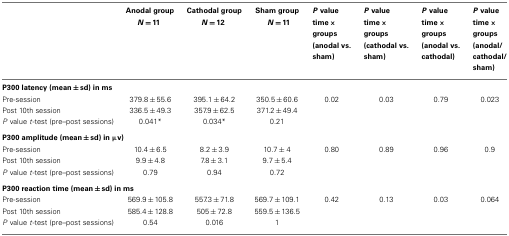
|  | Anodal groupN = 11 | Cathodal groupN = 12 | Sham groupN = 11 | P value time × groups (anodal vs. sham) | P value time × groups (cathodal vs. sham) | P value time × groups (anodal vs. cathodal) | P value time × groups (anodal/cathodal/sham) |
 | --- | --- | --- | --- | --- | --- | --- | --- |
 | <COLSPAN=8> P300 latency (mean ± sd) in ms |
 | Pre-session | 379.8 ± 55.6 | 395.1 ± 64.2 | 350.5 ± 60.6 | 0.02 | 0.03 | 0.79 | 0.023 |
 | Post 10th session | 336.5 ± 49.3 | 357.9 ± 62.5 | 371.2 ± 49.4 |  |
 | P value t-test (pre–post sessions) | 0.041* | 0.034* | 0.21 |  |
 | <COLSPAN=8> P300 amplitude (mean ± sd) in μv) |
 | Pre-session | 10.4 ± 6.5 | 8.2 ± 3.9 | 10.7 ±4 | 0.80 | 0.89 | 0.96 | 0.9 |
 | Post 10th session | 9.9 ± 4.8 | 7.8 ± 3.1 | 9.7 ± 5.4 |  |
 | P value t-test (pre–post sessions) | 0.79 | 0.94 | 0.72 |  |
 | <COLSPAN=8> P300 reaction time (mean ± sd) in ms |
 | Pre-session | 569.9 ± 105.8 | 557.3 ± 71.8 | 569.7 ± 109.1 | 0.42 | 0.13 | 0.03 | 0.064 |
 | Post 10th session | 585.4 ± 128.8 | 505 ± 72.8 | 559.5 ± 136.5 |  |
 | P value t-test (pre–post sessions) | 0.54 | 0.016 | 1 |  |  |  |  |